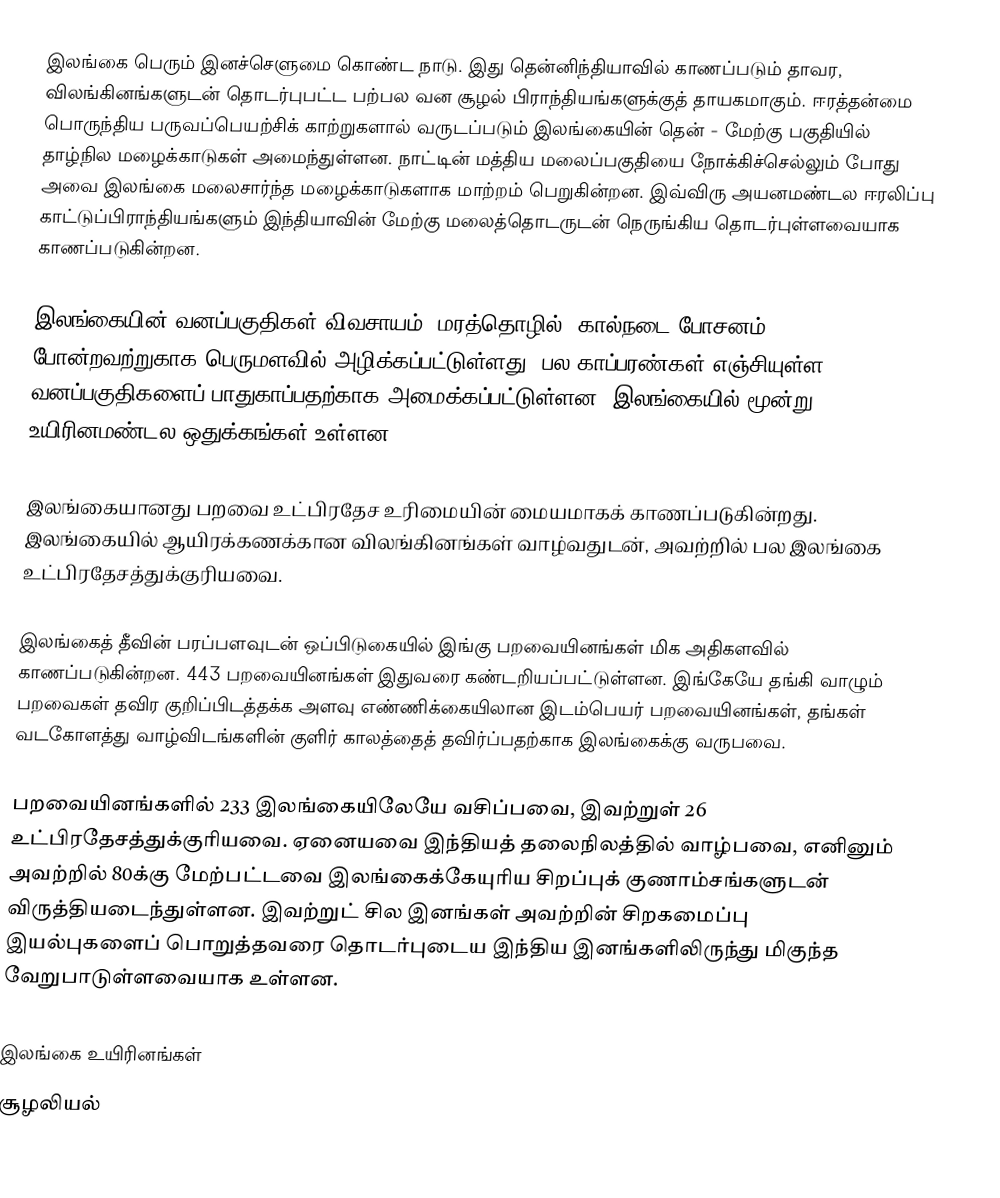
இலங்கை பெரும் இனச்செளுமை கொண்ட நாடு. இது தென்னிந்தியாவில் காணப்படும் தாவர, விலங்கினங்களுடன் தொடர்புபட்ட பற்பல வன சூழல் பிராந்தியங்களுக்குத் தாயகமாகும். ஈரத்தன்மை பொருந்திய பருவப்பெயற்சிக் காற்றுகளால் வருடப்படும் இலங்கையின் தென் - மேற்கு  பகுதியில் தாழ்நில மழைக்காடுகள் அமைந்துள்ளன. நாட்டின் மத்திய மலைப்பகுதியை நோக்கிச்செல்லும் போது அவை இலங்கை மலைசார்ந்த மழைக்காடுகளாக மாற்றம் பெறுகின்றன. இவ்விரு அயனமண்டல ஈரலிப்பு காட்டுப்பிராந்தியங்களும் இந்தியாவின் மேற்கு மலைத்தொடருடன் நெருங்கிய தொடர்புள்ளவையாக காணப்படுகின்றன.

இலங்கையின் வனப்பகுதிகள் விவசாயம், மரத்தொழில், கால்நடை போசனம் போன்றவற்றுகாக பெருமளவில் அழிக்கப்பட்டுள்ளது. பல காப்பரண்கள் எஞ்சியுள்ள வனப்பகுதிகளைப் பாதுகாப்பதற்காக அமைக்கப்பட்டுள்ளன. இலங்கையில் மூன்று உயிரினமண்டல ஒதுக்கங்கள் உள்ளன.

இலங்கையானது பறவை உட்பிரதேச உரிமையின் மையமாகக் காணப்படுகின்றது. இலங்கையில் ஆயிரக்கணக்கான விலங்கினங்கள் வாழ்வதுடன், அவற்றில் பல இலங்கை உட்பிரதேசத்துக்குரியவை.

இலங்கைத் தீவின் பரப்பளவுடன் ஒப்பிடுகையில் இங்கு பறவையினங்கள் மிக அதிகளவில் காணப்படுகின்றன. 443 பறவையினங்கள் இதுவரை கண்டறியப்பட்டுள்ளன. இங்கேயே தங்கி வாழும் பறவைகள் தவிர குறிப்பிடத்தக்க அளவு எண்ணிக்கையிலான இடம்பெயர் பறவையினங்கள், தங்கள் வடகோளத்து வாழ்விடங்களின் குளிர் காலத்தைத் தவிர்ப்பதற்காக இலங்கைக்கு வருபவை.

பறவையினங்களில் 233 இலங்கையிலேயே வசிப்பவை, இவற்றுள் 26 உட்பிரதேசத்துக்குரியவை. ஏனையவை இந்தியத் தலைநிலத்தில் வாழ்பவை, எனினும் அவற்றில் 80க்கு மேற்பட்டவை இலங்கைக்கேயுரிய சிறப்புக் குணாம்சங்களுடன் விருத்தியடைந்துள்ளன. இவற்றுட் சில இனங்கள் அவற்றின் சிறகமைப்பு இயல்புகளைப் பொறுத்தவரை தொடர்புடைய இந்திய இனங்களிலிருந்து மிகுந்த வேறுபாடுள்ளவையாக உள்ளன.

இலங்கை உயிரினங்கள்
சூழலியல்